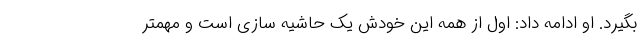
بگیرد. او ادامه داد: اول از همه این خودش یک حاشیه سازی است و مهمتر